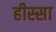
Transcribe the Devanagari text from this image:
हीस्सा